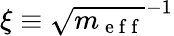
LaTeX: \xi\equiv\sqrt{m_{\mathrm{~e~f~f~}}}^{-1}